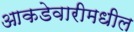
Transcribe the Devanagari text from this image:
आकडेवारीमधील